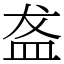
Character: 盋